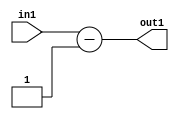
`timescale 1ps / 1ps
/*****************************************************************************
    Verilog RTL Description
    
    
    Created by: Stratus DpOpt 21.05.01 
*******************************************************************************/

module SobelFilter_Subi1u5_4 (
	in1,
	out1
	); /* architecture "behavioural" */ 
input [4:0] in1;
output [4:0] out1;
wire [4:0] asc001;

assign asc001 = 
	+(in1)
	-(5'B00001);

assign out1 = asc001;
endmodule

/* CADENCE  urnyTAw= : u9/ySxbfrwZIxEzHVQQV8Q== ** DO NOT EDIT THIS LINE ******/